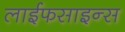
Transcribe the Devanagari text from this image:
लाईफसाइन्स